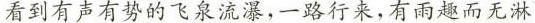
看到有声有势的飞泉流瀑，一路行来，有雨趣而无淋